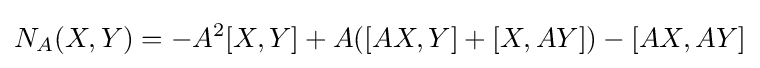
N_{A}(X,Y)=-A^{2}[X,Y]+A([AX,Y]+[X,AY])-[AX,AY]